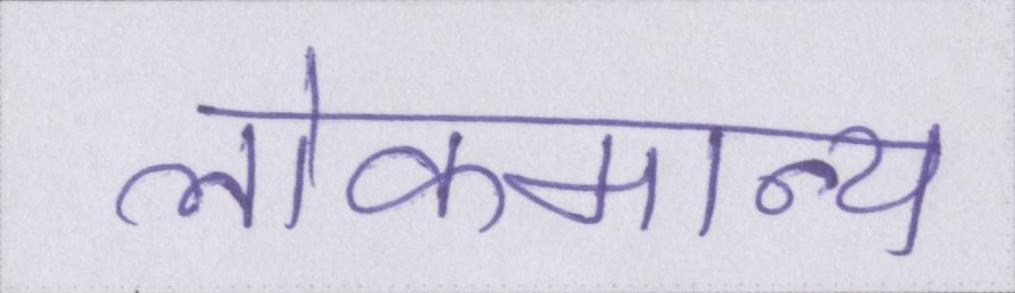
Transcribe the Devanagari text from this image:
लोकमान्य